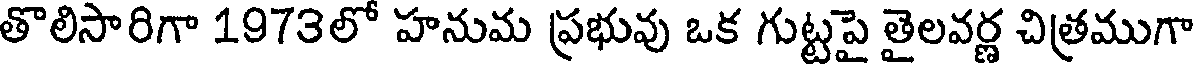
తొలిసారిగా 1973లో హనుమ ప్రభువు ఒక గుట్టపై తైలవర్ణ చిత్రముగా